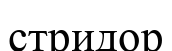
стридор